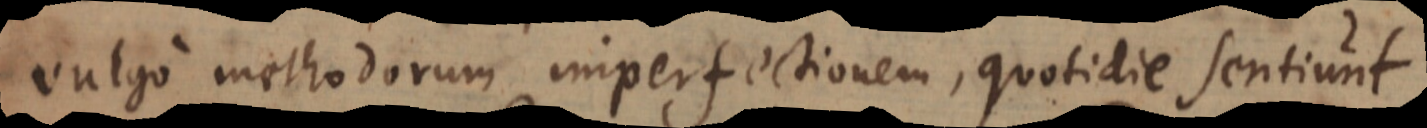
vulgo methodorum imperfectionem, quotidie sentiunt